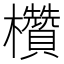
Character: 欑